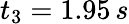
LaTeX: t_{3}=1.95\, s